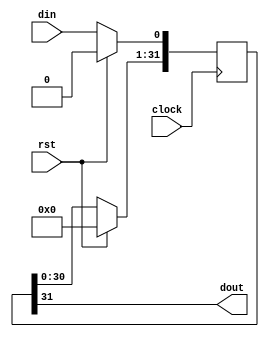
// This program was cloned from: https://github.com/haojunliu/OpenFPGA
// License: BSD 2-Clause "Simplified" License

module inv_shift_reg
(
    din,
    dout,
    clock,
    rst
);

    input din;
    output dout;

    input clock;
    input rst;

    reg [31:0] s_reg;

    always @ (posedge clock)
        if(rst)
            s_reg <= 32'b0;
        else
            begin
                s_reg[31:1] <= s_reg[30:0];
                s_reg[0] <= din;
            end

    assign dout = s_reg[31];

endmodule